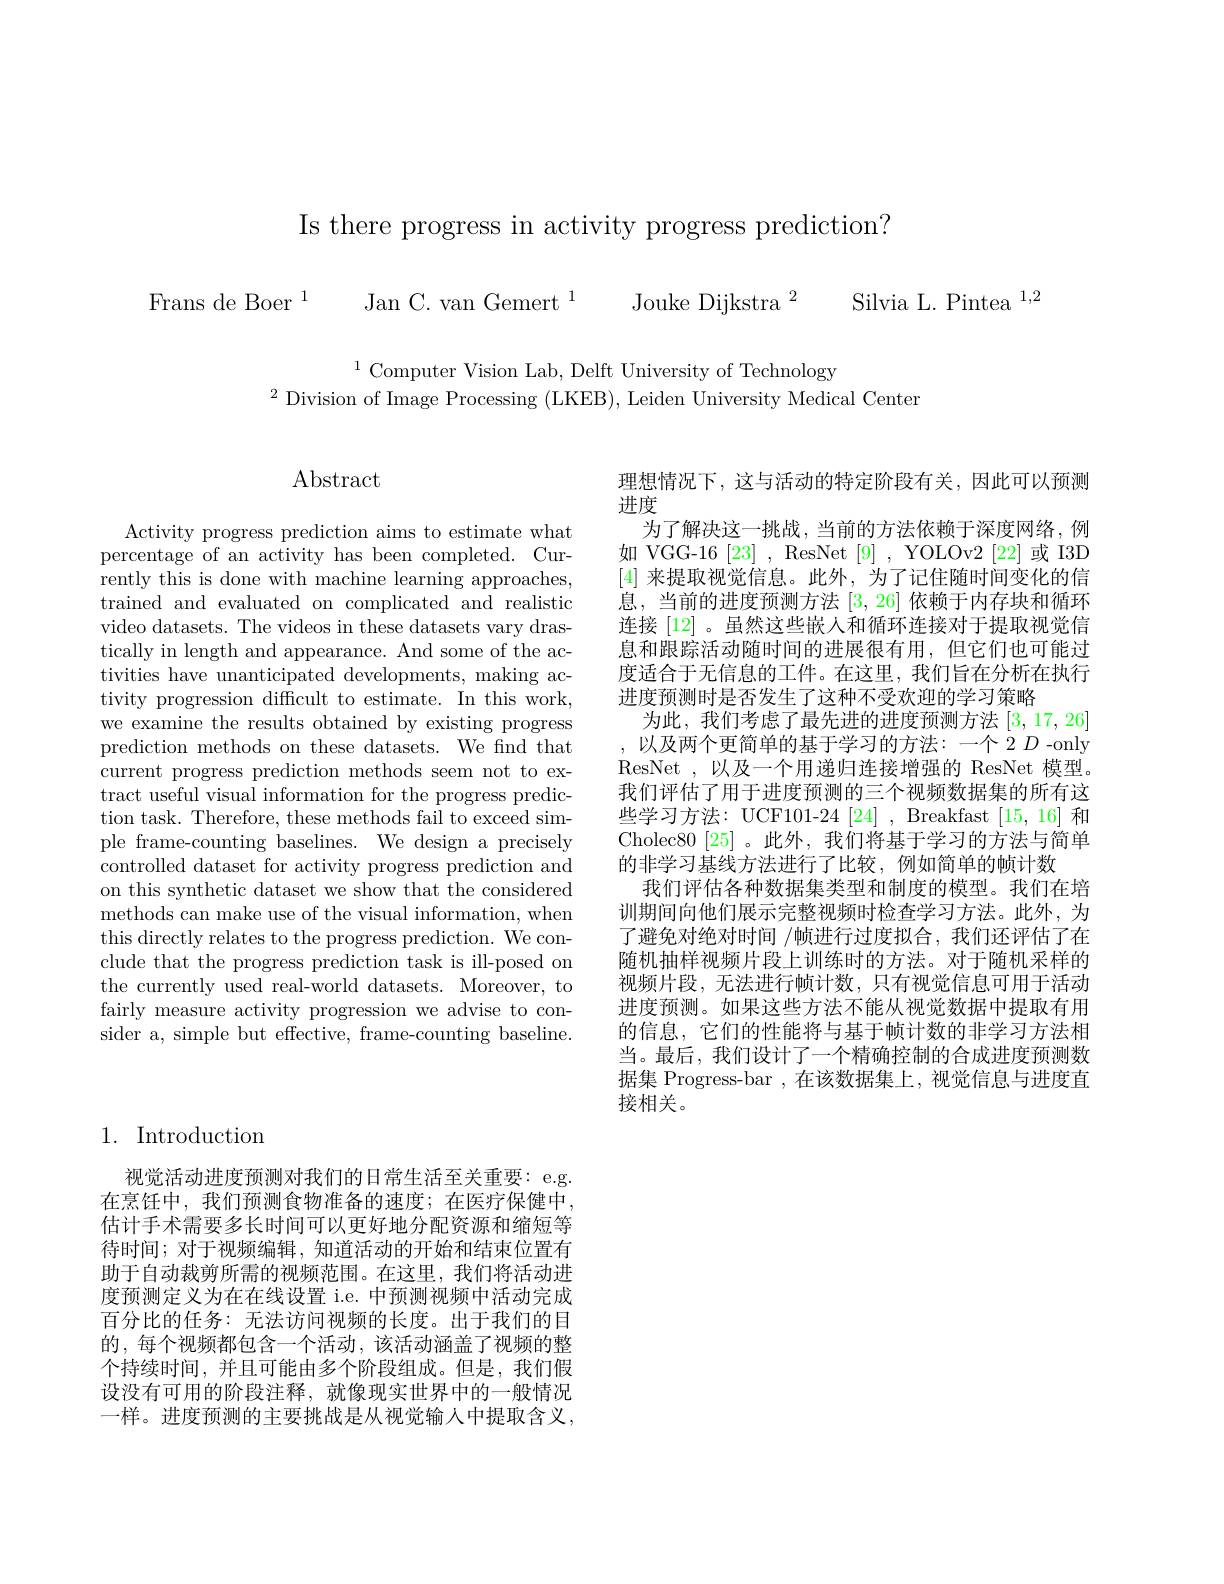
Is there progress in activity progress prediction?

Frans de Boer$^1$ Jan C. van Gemert$^1$ Jouke Dijkstra$^2$ Silvia L. Pintea$^{1,2}$

$^{1}$Computer Vision Lab, Delft University of Technology
$^2$ Division of Image Processing (LKEB), Leiden University Medical Center

## Abstract

Activity progress prediction aims to estimate what percentage of an activity has been completed. Currently this is done with machine learning approaches, trained and evaluated on complicated and realistic video datasets. The videos in these datasets vary drastically in length and appearance. And some of the activities have unanticipated developments, making activity progression difficult to estimate. In this work, we examine the results obtained by existing progress prediction methods on these datasets. We fnd that current progress prediction methods seem not to extract useful visual information for the progress prediction task. Therefore, these methods fail to exceed simple frame-counting baselines. We design a precisely controlled dataset for activity progress prediction and on this synthetic dataset we show that the considered methods can make use of the visual information, when this directly relates to the progress prediction. We conclude that the progress prediction task is ill-posed on the currently used real-world datasets. Moreover, to fairly measure activity progression we advise to consider a, simple but effective, frame-counting baseline.

理想情况下，这与活动的特定阶段有关，因此可以预测
进度
为了解决这一挑战，当前的方法依赖于深度网络，例如 VGG-16 [23] , ResNet [9] , YOLOv2 [22] 或 I3D [4]来提取视觉信息。此外，为了记住随时间变化的信息，当前的进度预测方法[3,26]依赖于内存块和循环连接 [12] 。虽然这些嵌人和循环连接对于提取视觉信息和跟踪活动随时间的进展很有用，但它们也可能过度适合于无信息的工件。在这里，我们旨在分析在执行进度预测时是否发生了这种不受欢迎的学习策略
为此，我们考虑了最先进的进度预测方法[3,17,26] 以及两个更简单的基于学习的方法：一个 2 $D$ -only ResNet ,以及一个用递归连接增强的 ResNet 模型。我们评估了用于进度预测的三个视频数据集的所有这些学习方法：UCF101-24[24], Breakfast[15,16] 和Cholec80[25]。此外，我们将基于学习的方法与简单的非学习基线方法进行了比较，例如简单的帧计数
我们评估各种数据集类型和制度的模型。我们在培训期间向他们展示完整视频时检查学习方法。此外，为了避免对绝对时间 /帧进行过度拟合，我们还评估了在随机抽样视频片段上训练时的方法。对于随机采样的视频片段，无法进行帧计数，只有视觉信息可用于活动进度预测。如果这些方法不能从视觉数据中提取有用的信息，它们的性能将与基于帧计数的非学习方法相当。最后，我们设计了一个精确控制的合成进度预测数据集 Progress-bar ,在该数据集上，视觉信息与进度直接相关。

## 1. Introduction

视觉活动进度预测对我们的日常生活至关重要：e.g. 在烹饪中，我们预测食物准备的速度；在医疗保健中， 估计手术需要多长时间可以更好地分配资源和缩短等待时间；对于视频编辑，知道活动的开始和结束位置有助于自动裁剪所需的视频范围。在这里，我们将活动进度预测定义为在在线设置 i.e. 中预测视频中活动完成百分比的任务：无法访问视频的长度。出于我们的目的，每个视频都包含一个活动，该活动涵盖了视频的整个持续时间，并且可能由多个阶段组成。但是，我们假设没有可用的阶段注释，就像现实世界中的一般情况一样。进度预测的主要挑战是从视觉输入中提取含义，